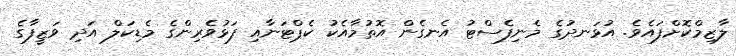
ލާޒިމްކޮށްފައެވެ. އުޅަނދުގެ މެނިފެސްޓު އެނގެން އޮތުމާއެކު ކެޕްޓަނާއި ފަޅުވެރިންގެ މެޑިކަލް އަދި ވަޒީފާގެ